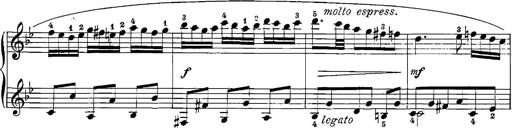
Title: 12 Sonatinas
Composer: Ignaz Pleyel